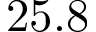
2 5 . 8